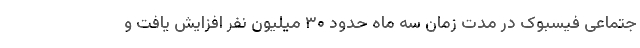
جتماعی فیسبوک در مدت زمان سه ماه حدود ۳۰ میلیون نفر افزایش یافت و